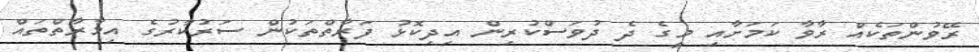
ރޭވުންތަކެއް ރާވާ ކަމަށާއި މީގެ ދެ ދުވަސްކުރިން އިދިކޮޅު ފަރާތްތަކުން ސަރުކާރުގެ އިމާރާތްތައް